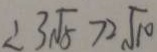
\therefore 2 \sqrt { 5 } > 2 \sqrt { 1 0 }